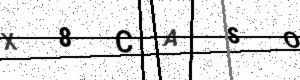
Text: X8CASO